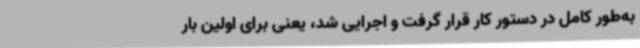
به‌طور کامل در دستور کار قرار گرفت و اجرایی شد، یعنی برای اولین بار